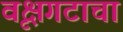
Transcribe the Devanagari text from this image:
वृक्षगटाचा